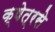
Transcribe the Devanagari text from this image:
क्षेत्रसे